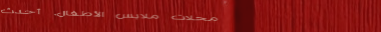
محلات ملابس الأطفال، أحدث